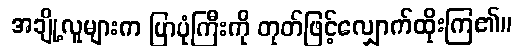
အချို့လူများက ပြာပုံကြီးကို တုတ်ဖြင့်လျှောက်ထိုးကြ၏။